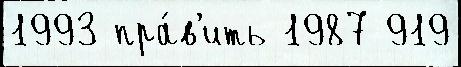
1993 пра́в'ить 1987 919